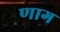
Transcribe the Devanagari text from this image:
णाग